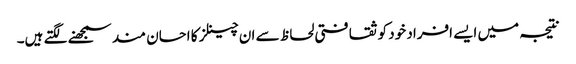
نتیجہ میں ایسے افراد خود کو ثقافتی لحاظ سے ان چینلز کا احسان مند سمجھنے لگتے ہیں۔